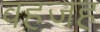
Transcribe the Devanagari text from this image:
वहजह